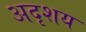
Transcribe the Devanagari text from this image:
अदृशय